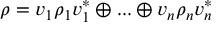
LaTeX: \rho = v _ { 1 } \rho _ { 1 } v _ { 1 } ^ { * } \oplus . . . \oplus v _ { n } \rho _ { n } v _ { n } ^ { * }